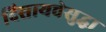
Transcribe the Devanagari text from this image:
दिसायचेसुद्धा